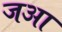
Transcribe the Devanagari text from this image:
जआ